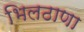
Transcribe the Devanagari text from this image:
भिलठाणा